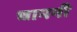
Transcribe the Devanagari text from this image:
चाननी